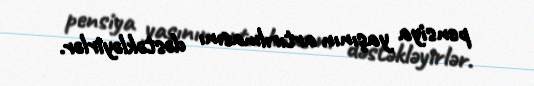
pensiya yaşının artırılmasını dəstəkləyirlər.